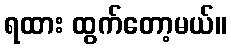
ရထား ထွက်တော့မယ်။